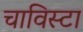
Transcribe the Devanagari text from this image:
चाविस्टा